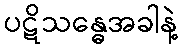
ပဋိသန္ဓေအခါနဲ့